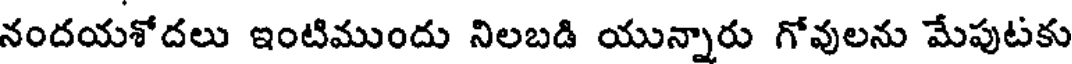
నందయశోదలు ఇంటిముందు నిలబడి యున్నారు గోవులను మేపుటకు